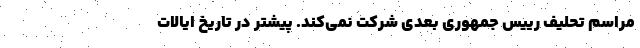
مراسم تحلیف رییس‌ جمهوری بعدی شرکت نمی‌کند. پیشتر در تاریخ ایالات